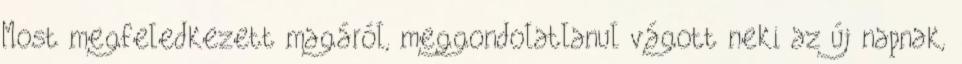
Most megfeledkezett magáról, meggondolatlanul vágott neki az új napnak,